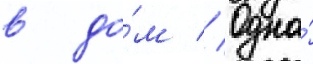
в до́м // Одна́